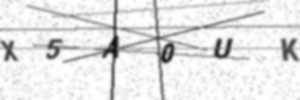
Text: X5A0UK